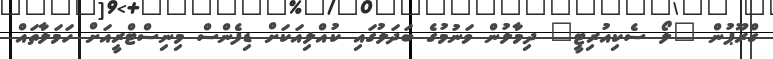
ގްރޫޕުން "ލޯ ސެކިއުރިޓީ" ދިމާލުން ވަނުމުގެ ބަދަލުގައި ކުއްލިއަކަށް ޑިފެންސް މިނިސްޓްރީއަށް ހަމަލާތައް